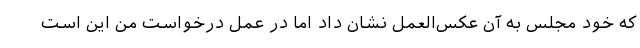
که خود مجلس به آن عکس‌العمل نشان داد اما در عمل درخواست من این است